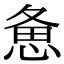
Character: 惫